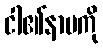
ငါ၏နာမကို